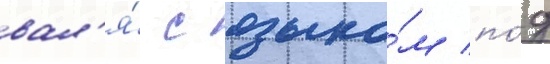
вал'я́ с языко́м по́д